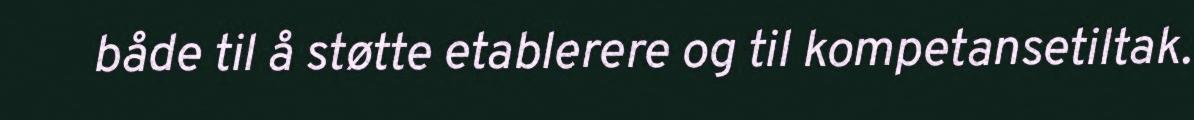
både til å støtte etablerere og til kompetansetiltak.